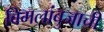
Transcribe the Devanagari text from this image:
विमलांबुजाची